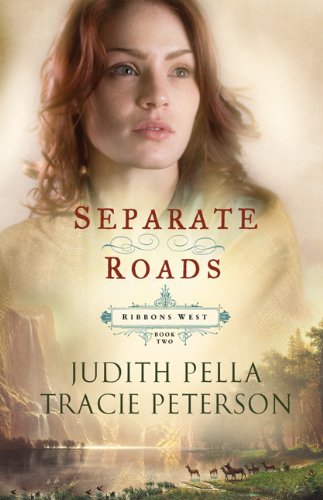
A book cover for Separate Roads (Ribbons West); Judith Pella; Religion & Spirituality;